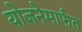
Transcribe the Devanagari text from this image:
योजनेमार्फत